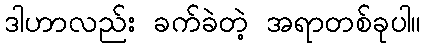
ဒါဟာလည်း ခက်ခဲတဲ့ အရာတစ်ခုပါ။